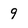
Character: 9